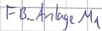
Text: FB_Anlage M1